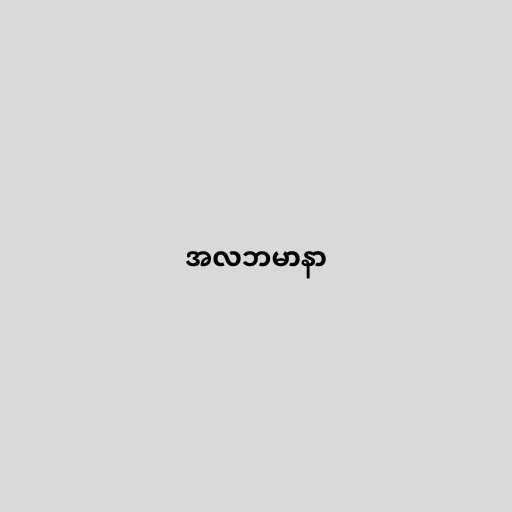
အလဘမာနာ